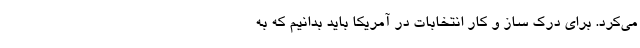
می‌کرد. برای درک ساز ‌و ‌کار انتخابات در آمریکا باید بدانیم که به